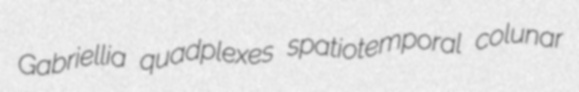
Gabriellia quadplexes spatiotemporal colunar